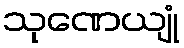
သုဏေယျုံ